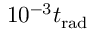
1 0 ^ { - 3 } t _ { \mathrm { r a d } }